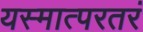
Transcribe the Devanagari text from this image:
यस्मात्परतरं